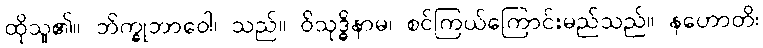
ထိုသူ၏။ ဘိက္ခုဘာဝေါ၊ သည်။ ဝိသုဒ္ဓိနာမ၊ စင်ကြယ်ကြောင်းမည်သည်။ နဟောတိ၊